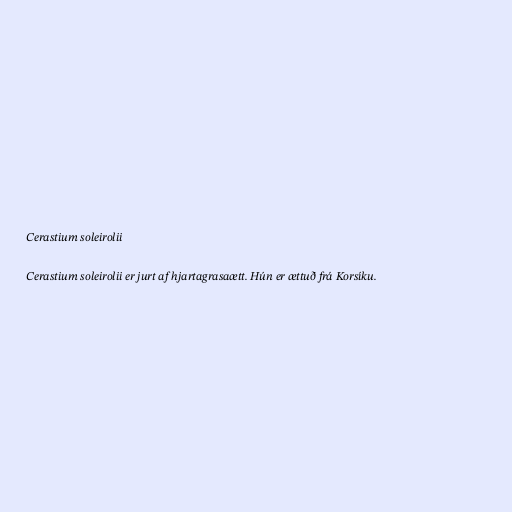
Cerastium soleirolii

Cerastium soleirolii er jurt af hjartagrasaætt. Hún er ættuð frá Korsíku.